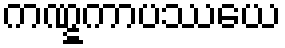
ကဏ္ဋကာပဿယေ